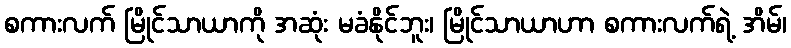
စကားလက် မြိုင်သာယာကို အဆုံး မခံနိုင်ဘူး၊ မြိုင်သာယာဟာ စကားလက်ရဲ့ အိမ်၊